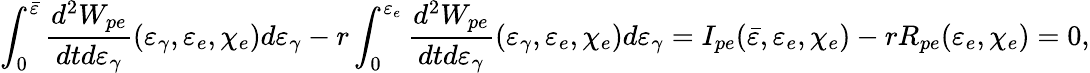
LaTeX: \int_{0}^{\bar{\varepsilon}}\frac{d^{2}W_{pe}}{dtd\varepsilon_{\gamma}}(\varepsilon_{\gamma},\varepsilon_{e},\chi_{e})d\varepsilon_{\gamma}-r\int_{0}^{\varepsilon_{e}}\frac{d^{2}W_{pe}}{dtd\varepsilon_{\gamma}}(\varepsilon_{\gamma},\varepsilon_{e},\chi_{e})d\varepsilon_{\gamma}=I_{pe}(\bar{\varepsilon},\varepsilon_{e},\chi_{e})-rR_{pe}(\varepsilon_{e},\chi_{e})=0,